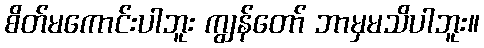
စိတ်မကောင်းပါဘူး ကျွန်တော် ဘာမှမသိပါဘူး။